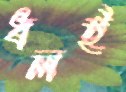
ধলই